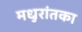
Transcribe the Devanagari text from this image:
मधुरांतका